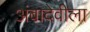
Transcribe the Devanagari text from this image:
अंबादेवीला